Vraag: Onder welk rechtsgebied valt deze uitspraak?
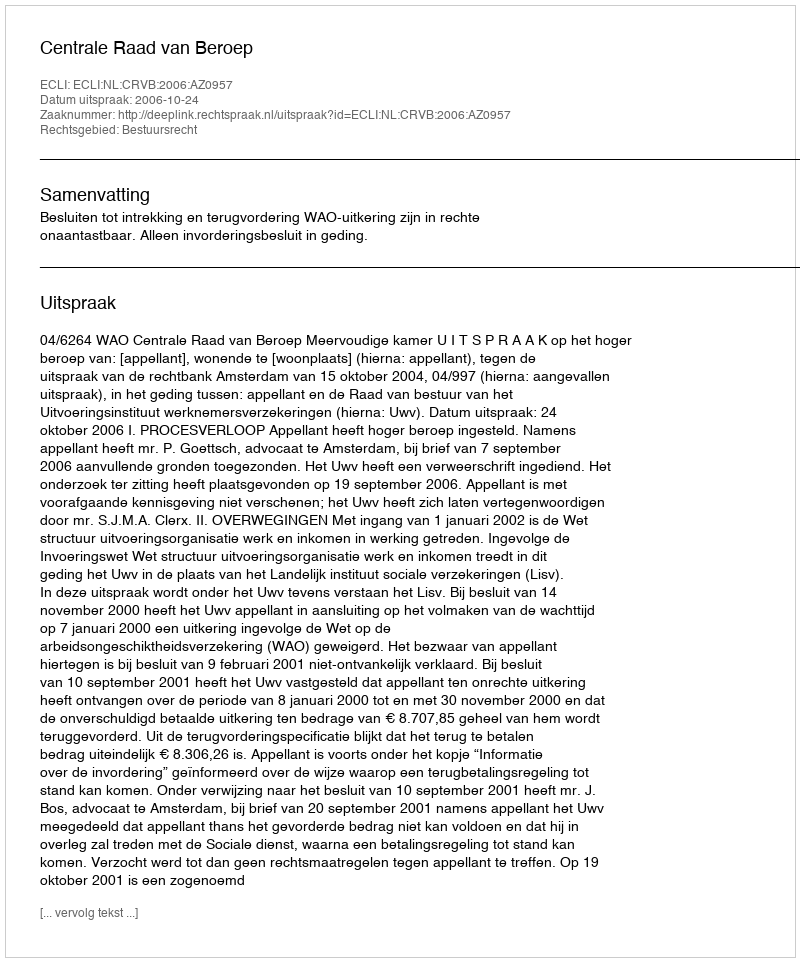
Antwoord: Bestuursrecht